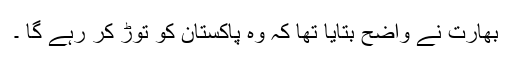
بھارت نے واضح بتایا تھا کہ وہ پاکستان کو توڑ کر رہے گا ۔